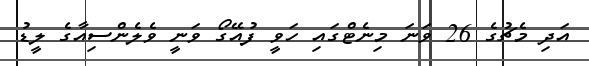
އަދި މެޗުގެ 26 ވަނަ މިނެޓްގައި ހަވީ ފުއޭގޯ ވަނީ ވެލެންސިއާގެ ލީޑު